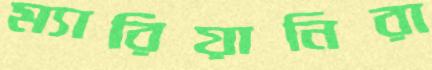
ম্যারিয়ানিরা